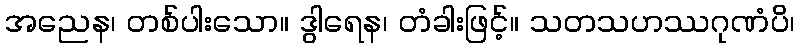
အညေန၊ တစ်ပါးသော။ ဒွါရေန၊ တံခါးဖြင့်။ သတသဟဿဂုဏံပိ၊